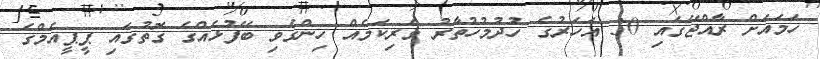
ހަމައަށް ރާއްޖޭގައި 30 އަހަރުގެ ހުދުމުހުތާރު ވެރިކަމެއް ހިންގެވި ބޭފުޅެއްގެ ގޮތުގައި ޕީޕީއެމްގެ